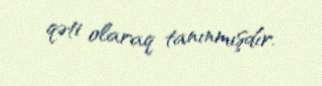
qəti olaraq tanınmışdır.